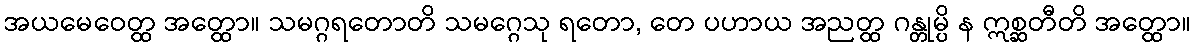
အယမေဝေတ္ထ အတ္ထော။ သမဂ္ဂရတောတိ သမဂ္ဂေသု ရတော, တေ ပဟာယ အညတ္ထ ဂန္တုမ္ပိ န ဣစ္ဆတီတိ အတ္ထော။